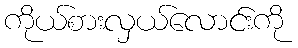
ကိုယ်စားလှယ်လောင်းကို